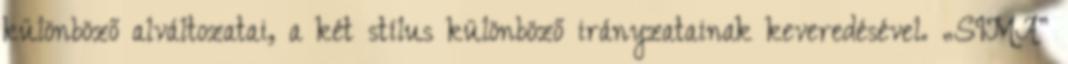
különböző alváltozatai, a két stílus különböző irányzatainak keveredésével. „SIMA”